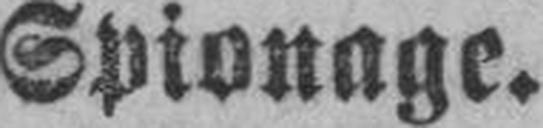
Spionage.